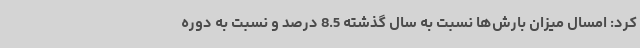
کرد: امسال میزان بارش‌ها نسبت به سال گذشته 8.5 درصد و نسبت به دوره